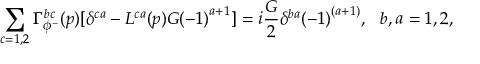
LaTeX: \sum _ { c = 1 , 2 } \Gamma _ { \phi ^ { - } } ^ { b c } ( p ) [ \delta ^ { c a } - L ^ { c a } ( p ) G { ( - 1 ) } ^ { a + 1 } ] = i \frac { G } { 2 } \delta ^ { b a } { ( - 1 ) } ^ { ( a + 1 ) } , \ \ b , a = 1 , 2 ,